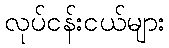
လုပ်ငန်းငယ်များ